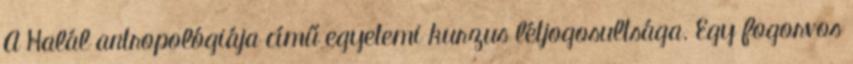
A Halál antropológiája című egyetemi kurzus létjogosultsága. Egy fogorvos